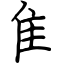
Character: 隹